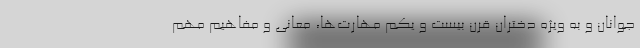
جوانان و به ویژه دختران قرن بیست و یکم مهارت‌ها، معانی و مفاهیم مهم